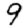
Digit: 9